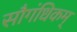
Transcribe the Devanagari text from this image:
सौगंधिकम्